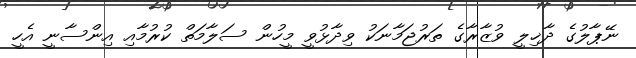
ނޭޕާލުގެ ދާޚިލީ ވުޒާރާގެ ތަރުޖަމާނަކު ވިދާޅުވީ މީހުން ސަލާމަތް ކުރުމާއި އިންސާނީ އެހީ